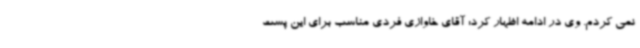
نمی کردم. وی در ادامه اظهار کرد: آقای خاوازی فردی مناسب برای این پست